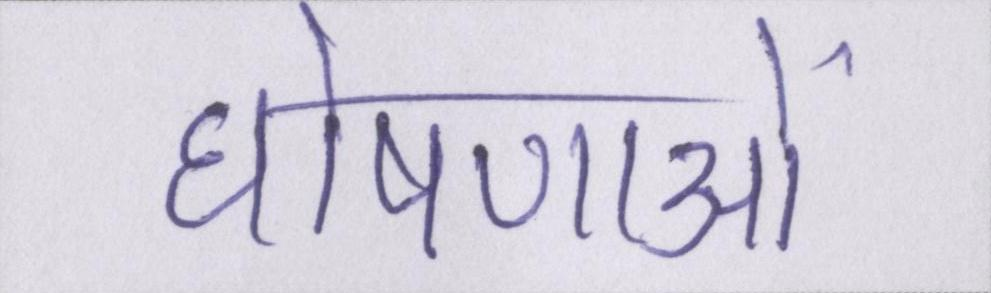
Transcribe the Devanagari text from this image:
घोषणाओं